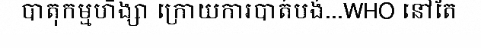
បាតុកម្មហិង្សា ក្រោយការបាត់បង់...WHO នៅតែ